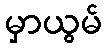
မှာယွမ်